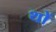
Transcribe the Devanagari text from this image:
थों